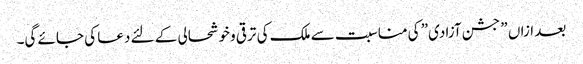
بعد ازاں ” جشن آزادی” کی مناسبت سے ملک کی ترقی وخوشحالی کے لئے دعا کی جائے گی۔